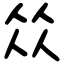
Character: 𠈌